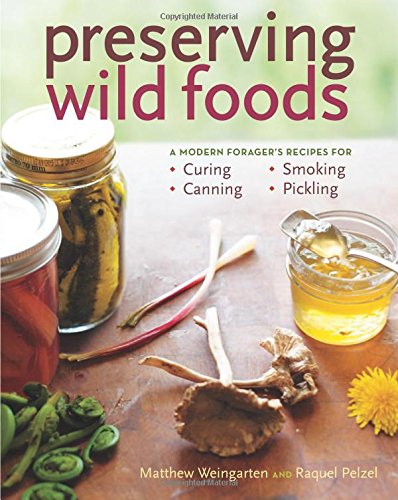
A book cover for Preserving Wild Foods: A Modern Forager's Recipes for Curing, Canning, Smoking, and Pickling; Raquel Pelzel; Cookbooks, Food & Wine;